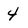
Character: 4